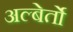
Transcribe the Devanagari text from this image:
अल्बेर्तो